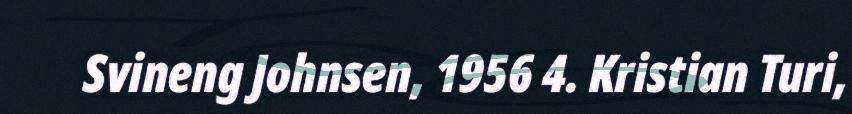
Svineng Johnsen, 1956 4. Kristian Turi,